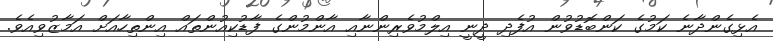
އެޅިގެންދާނެ ކަމުގެ ކަންބޮޑުވުން އުފެދި ދީނީ އިލްމުވެރިންނާއި އާންމުންގެ ފާޑުކިއުންތައް އިންތިހާއަށް އަމާޒުވިއެވެ.